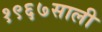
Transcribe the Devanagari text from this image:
१९६७साली